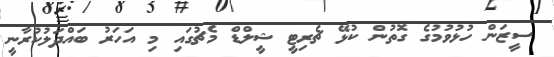
ސީޒަން ހުޅުވުމުގެ ގޮތުން ކުޅޭ ޗެރިޓީ ޝީލްޑް މެޗުގައި މި އަހަރު ބައްދަލުކުރާނީ